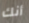
أنك